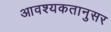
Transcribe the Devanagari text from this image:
आवश्यकतानुसर